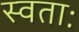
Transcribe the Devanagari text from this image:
स्वताः